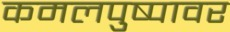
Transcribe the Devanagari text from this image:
कमलपुष्पावर